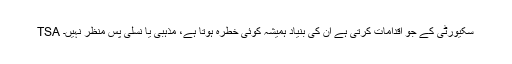
TSA سکیورٹی کے جو اقدامات کرتی ہے ان کی بنیاد ہمیشہ کوئی خطرہ ہوتا ہے، مذہبی یا نسلی پس منظر نہیں۔